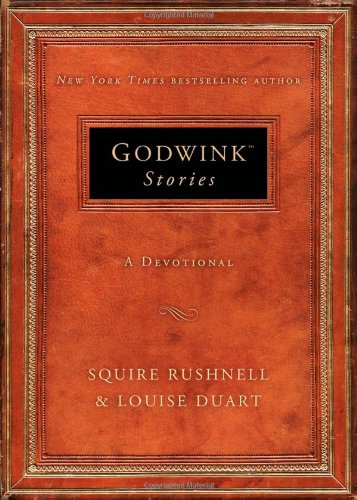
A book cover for Godwink Stories: A Devotional; SQuire Rushnell; Politics & Social Sciences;